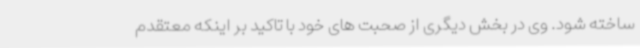
ساخته شود. وی در بخش دیگری از صحبت های خود با تاکید بر اینکه معتقدم